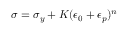
\sigma = \sigma _ { y } + K ( \epsilon _ { 0 } + \epsilon _ { p } ) ^ { n } \,